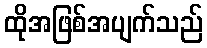
ထိုအဖြစ်အပျက်သည်